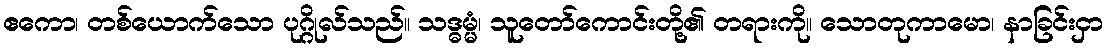
ဧကော၊ တစ်ယောက်သော ပုဂ္ဂိုလ်သည်။ သဒ္ဓမ္မံ၊ သူတော်ကောင်းတို့၏ တရားကို။ သောတုကာမော၊ နာခြင်းငှာ